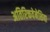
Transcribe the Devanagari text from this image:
अतिरिक्तवेनेशिया